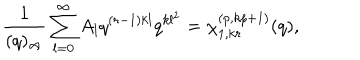
\frac { 1 } { ( q ) _ { \infty } } \sum _ { l = 0 } ^ { \infty } A _ { l } q ^ { ( r - 1 ) k l } q ^ { k l ^ { 2 } } = \chi _ { 1 , k r } ^ { ( p , k p + 1 ) } ( q ) ,